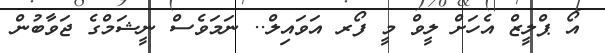
އޯ ޕްލީޒް އެހަށް ލީވް މީ ފޯރ އަވައިލް.. ނަމަވެސް ނީޝަމްގެ ޖަވާބުން